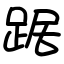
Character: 踞